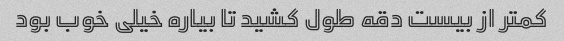
کمتر از بیست دقه طول کشید تا بیاره خیلی خوب بود